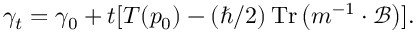
\gamma _ { t } = \gamma _ { 0 } + t [ T ( p _ { 0 } ) - ( \hbar / 2 ) \operatorname { T r } \left( m ^ { - 1 } \cdot \mathcal { B } \right) ] .